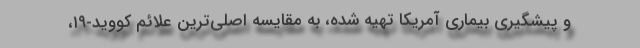
و پیشگیری بیماری آمریکا تهیه شده، به مقایسه اصلی‌ترین علائم کووید-۱۹،